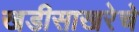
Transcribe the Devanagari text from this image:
खडीसाखरेचे